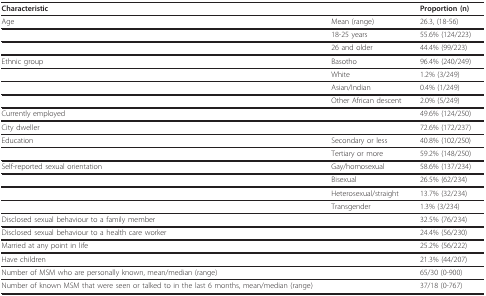
| Characteristic |  | Proportion (n) |
 | --- | --- | --- |
 | Age | Mean (range) | 26.3, (18-56) |
 |  | 18-25 years | 55.6% (124/223) |
 |  | 26 and older | 44.4% (99/223) |
 | Ethnic group | Basotho | 96.4% (240/249) |
 |  | White | 1.2% (3/249) |
 |  | Asian/Indian | 0.4% (1/249) |
 |  | Other African descent | 2.0% (5/249) |
 | Currently employed |  | 49.6% (124/250) |
 | City dweller |  | 72.6% (172/237) |
 | Education | Secondary or less | 40.8% (102/250) |
 |  | Tertiary or more | 59.2% (148/250) |
 | Self-reported sexual orientation | Gay/homosexual | 58.6% (137/234) |
 |  | Bisexual | 26.5% (62/234) |
 |  | Heterosexual/straight | 13.7% (32/234) |
 |  | Transgender | 1.3% (3/234) |
 | Disclosed sexual behaviour to a family member |  | 32.5% (76/234) |
 | Disclosed sexual behaviour to a health care worker |  | 24.4% (56/230) |
 | Married at any point in life |  | 25.2% (56/222) |
 | Have children |  | 21.3% (44/207) |
 | Number of MSM who are personally known, mean/median (range) |  | 65/30 (0-900) |
 | Number of known MSM that were seen or talked to in the last 6 months, mean/median (range) |  | 37/18 (0-767) |